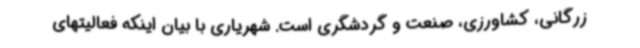
زرگانی، کشاورزی، صنعت و گردشگری است. شهریاری با بیان اینکه فعالیتهای